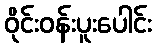
ဝိုင်းဝန်းပူးပေါင်း